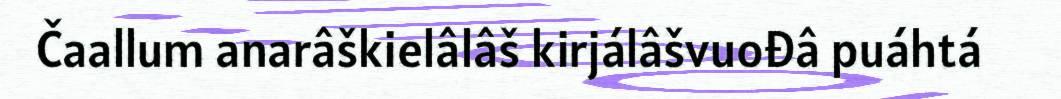
Čaallum anarâškielâlâš kirjálâšvuođâ puáhtá